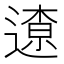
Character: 𨖚